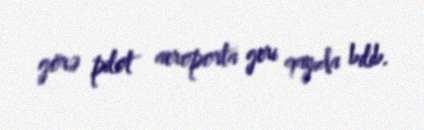
görə pilot aeroporta geri qayıda bilib.